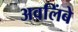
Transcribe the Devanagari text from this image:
अवलिंबे